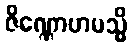
ဇိဏ္ဏောဟမသ္မိ